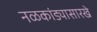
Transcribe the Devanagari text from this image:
नळकांड्यासारखे